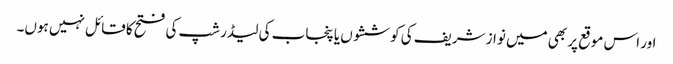
اور اس موقع پر بھی میں نواز شریف کی کوششوں یا پنجاب کی لیڈر شپ کی فتح کا قائل نہیں ہوں۔